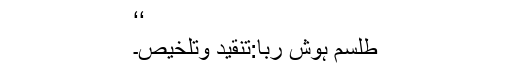
‘‘
طلسم ہوش ربا:تنقید وتلخیص۔